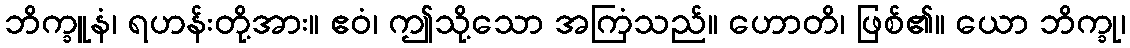
ဘိက္ခူနံ၊ ရဟန်းတို့အား။ ဧဝံ၊ ဤသို့သော အကြံသည်။ ဟောတိ၊ ဖြစ်၏။ ယော ဘိက္ခု၊